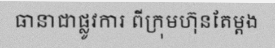
ធានាជាផ្លូវការ ពីក្រុមហ៊ុនតែម្តង